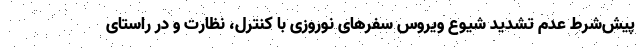
پیش‌شرط عدم تشدید شیوع ویروس سفرهای نوروزی با کنترل، نظارت و در راستای